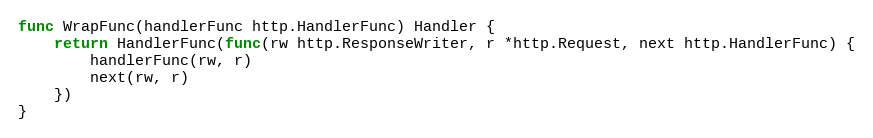
Language: Go
func WrapFunc(handlerFunc http.HandlerFunc) Handler {
	return HandlerFunc(func(rw http.ResponseWriter, r *http.Request, next http.HandlerFunc) {
		handlerFunc(rw, r)
		next(rw, r)
	})
}